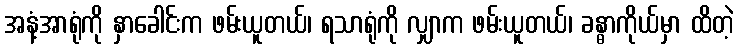
အနံ့အာရုံကို နှာခေါင်းက ဖမ်းယူတယ်၊ ရသာရုံကို လျှာက ဖမ်းယူတယ်၊ ခန္ဓာကိုယ်မှာ ထိတဲ့